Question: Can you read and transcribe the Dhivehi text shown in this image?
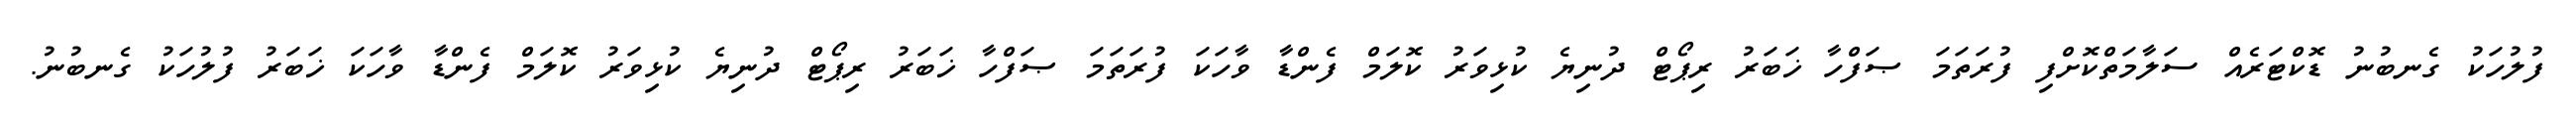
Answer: ފުލުހަކު ގެނބުނު ޑޮކްޓަރެއް ސަލާމަތްކޮށްފި ފުރަތަމަ ޞަފްހާ ޚަބަރު ރިޕޯޓް ދުނިޔެ ކުޅިވަރު ކޮލަމް ފެންޑާ ވާހަކަ ފުރަތަމަ ޞަފްހާ ޚަބަރު ރިޕޯޓް ދުނިޔެ ކުޅިވަރު ކޮލަމް ފެންޑާ ވާހަކަ ޚަބަރު ފުލުހަކު ގެނބުނު.